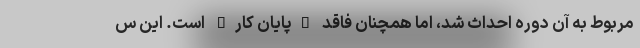
مربوط به آن دوره احداث شد، اما همچنان فاقد "پایان کار" است. این س